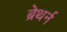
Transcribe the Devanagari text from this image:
ब्रेथर्न